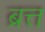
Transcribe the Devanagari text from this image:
ब्रत्त